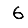
Digit: 6